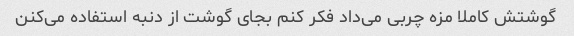
گوشتش کاملا مزه چربی می‌داد فکر کنم بجای گوشت از دنبه استفاده می‌کنن